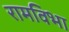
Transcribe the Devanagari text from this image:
रामविभा